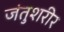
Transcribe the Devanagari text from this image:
जंतुशरीर